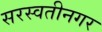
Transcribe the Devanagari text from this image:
सरस्वतीनगर